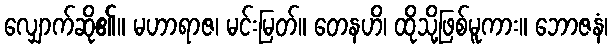
လျှောက်ဆို၏။ မဟာရာဇ၊ မင်းမြတ်။ တေနဟိ၊ ထိုသို့ဖြစ်မူကား။ ဘောဇနံ၊